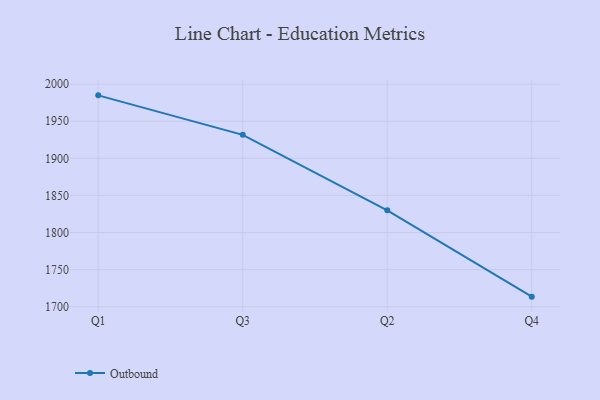
{"axis": {"x": "Quarter", "y": "Website Visitors"}, "legend": ["Outbound"], "data": [{"x": "Q1", "y": 1984.9, "type": "Outbound"}, {"x": "Q3", "y": 1931.7, "type": "Outbound"}, {"x": "Q2", "y": 1829.9, "type": "Outbound"}, {"x": "Q4", "y": 1713.6, "type": "Outbound"}]}